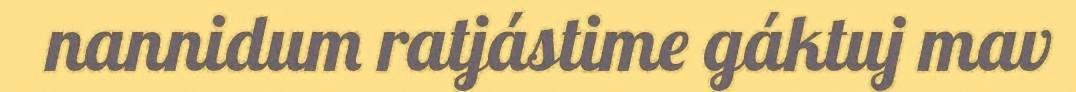
nannidum ratjástime gáktuj mav